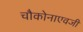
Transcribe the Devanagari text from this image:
चौकोनाएवजी